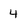
Character: 4